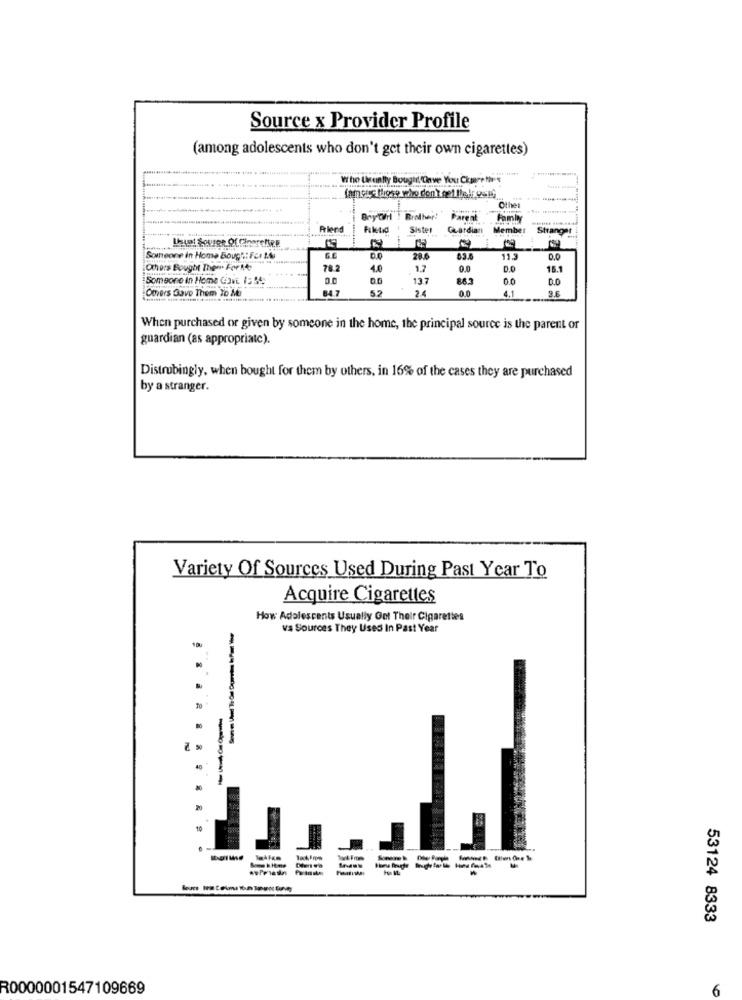
Source x Provider Profile
(among adolescents who don't get their own cigarettes)
Who Usually Bought Chave You Cigare the *
Other
Bry Ch! ! Brother!
Parent
Famly
Friend
Filetid +
Sister
Guardian Member
Stranger
Somtheone in Home Bough .: For 1.
0.0
28.6
83.6
11.3
0.0
Others Bought Then For1.4
78.
4.0
1.7
0.0
15.1
Someone in Home Gart. 15 54.
0.0
0.0
137
86.3
0.0
0.0
Omvers Gave Them To Ma
84 7
52
2.4
0.0
4.1
3.6
When purchased or given by someone in the home, the principal source is the parent or
guardian (as appropriate).
Distrubingly, when bought for them by others, in 16% of the cases they are purchased
by a stranger.
Variety Of Sources Used During Past Year To
Acquire Cigarettes
How Adolescents Usually Ont Their Cigarettes
vs Sources They Used In Past Year
----
16
53124 8333
R0000001547109669
6